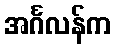
အင်္ဂလန်က